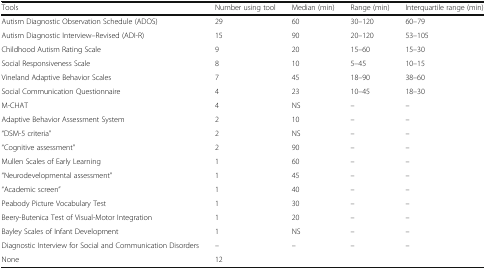
<table><thead><tr><td><b>Tools</b></td><td><b>Number using tool</b></td><td><b>Median (min)</b></td><td><b>Range (min)</b></td><td><b>Interquartile range (min)</b></td></tr></thead><tbody><tr><td>Autism Diagnostic Observation Schedule (ADOS)</td><td>29</td><td>60</td><td>30–120</td><td>60–79</td></tr><tr><td>Autism Diagnostic Interview–Revised (ADI-R)</td><td>15</td><td>90</td><td>20–120</td><td>53–105</td></tr><tr><td>Childhood Autism Rating Scale</td><td>9</td><td>20</td><td>15–60</td><td>15–30</td></tr><tr><td>Social Responsiveness Scale</td><td>8</td><td>10</td><td>5–45</td><td>10–15</td></tr><tr><td>Vineland Adaptive Behavior Scales</td><td>7</td><td>45</td><td>18–90</td><td>38–60</td></tr><tr><td>Social Communication Questionnaire</td><td>4</td><td>23</td><td>10–45</td><td>18–30</td></tr><tr><td>M-CHAT</td><td>4</td><td>NS</td><td>–</td><td>–</td></tr><tr><td>Adaptive Behavior Assessment System</td><td>2</td><td>10</td><td>–</td><td>–</td></tr><tr><td>“DSM-5 criteria”</td><td>2</td><td>NS</td><td>–</td><td>–</td></tr><tr><td>“Cognitive assessment”</td><td>2</td><td>90</td><td>–</td><td>–</td></tr><tr><td>Mullen Scales of Early Learning</td><td>1</td><td>60</td><td>–</td><td>–</td></tr><tr><td>“Neurodevelopmental assessment”</td><td>1</td><td>45</td><td>–</td><td>–</td></tr><tr><td>“Academic screen”</td><td>1</td><td>40</td><td>–</td><td>–</td></tr><tr><td>Peabody Picture Vocabulary Test</td><td>1</td><td>30</td><td>–</td><td>–</td></tr><tr><td>Beery-Butenica Test of Visual-Motor Integration</td><td>1</td><td>20</td><td>–</td><td>–</td></tr><tr><td>Bayley Scales of Infant Development</td><td>1</td><td>NS</td><td>–</td><td>–</td></tr><tr><td>Diagnostic Interview for Social and Communication Disorders</td><td>–</td><td>–</td><td>–</td><td>–</td></tr><tr><td>None</td><td>12</td><td></td><td></td><td></td></tr></tbody></table>